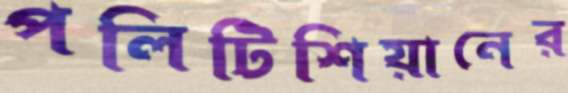
পলিটিশিয়ানের